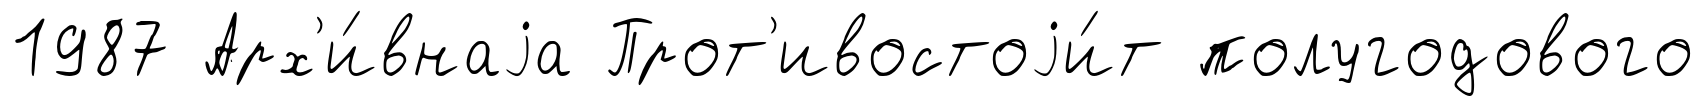
1987 Арх'и́внаjа Прот'ивостоjи́т полугодового